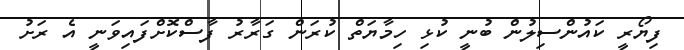
ފިޔޯރީ ކައުންސިލުން ބުނީ ކުޅި ހިމާޔަތް ކުރަން ގަރާރު ފާސްކޮށްފައިވަނީ އެ ރަށު